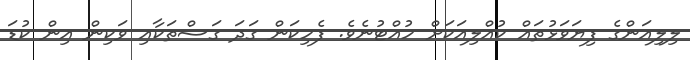
ލިލިއަންގެ ފިޔަވަޅުތައް ކުއްލިއަކަށް ހުއްޓުނެވެ. ފެހިކަން ގަދަ ގަސްތަކާއި ވަކިން އިން ކުޑަ